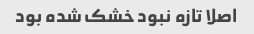
اصلا تازه نبود خشک شده بود